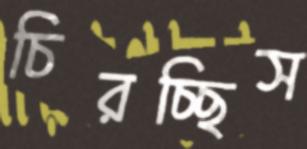
চিরচ্ছিস